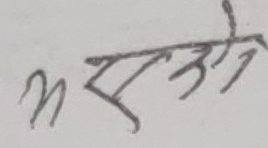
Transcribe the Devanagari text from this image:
म एक जना